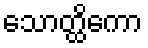
သောတ္ထိကော